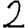
Digit: 2